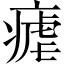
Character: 瘧